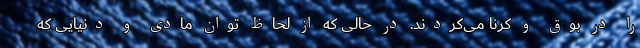
را در بوق و کرنا می‌کردند. در حالی که از لحاظ توان مادی و دنیایی که